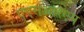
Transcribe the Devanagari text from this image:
एएसआरएम